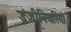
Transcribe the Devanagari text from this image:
इंजीनियरिंग।